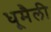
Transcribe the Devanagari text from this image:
धूमैली